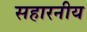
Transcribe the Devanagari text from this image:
सहारनीय